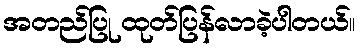
အတည်ပြု ထုတ်ပြန်လာခဲ့ပါတယ်။